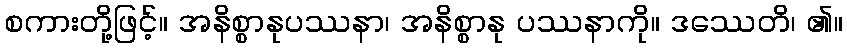
စကားတို့ဖြင့်။ အနိစ္စာနုပဿနာ၊ အနိစ္စာနု ပဿနာကို။ ဒဿေတိ၊ ၏။